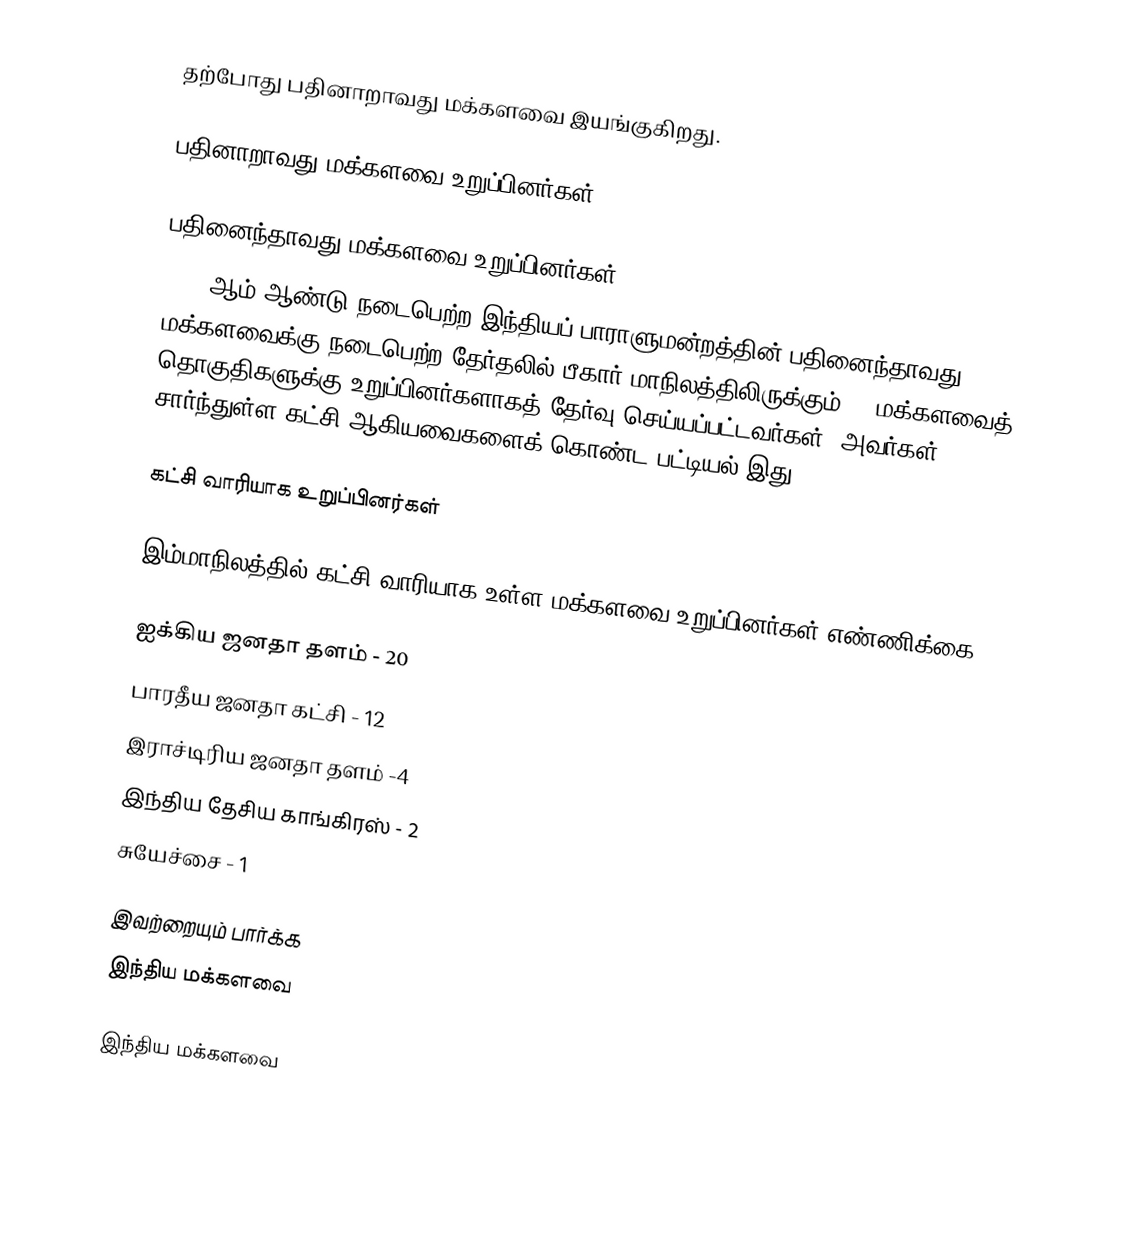
தற்போது பதினாறாவது மக்களவை இயங்குகிறது.

பதினாறாவது மக்களவை உறுப்பினர்கள்

பதினைந்தாவது மக்களவை உறுப்பினர்கள்
2009 ஆம் ஆண்டு நடைபெற்ற இந்தியப் பாராளுமன்றத்தின் பதினைந்தாவது மக்களவைக்கு நடைபெற்ற தேர்தலில் பீகார் மாநிலத்திலிருக்கும் 39 மக்களவைத் தொகுதிகளுக்கு உறுப்பினர்களாகத் தேர்வு செய்யப்பட்டவர்கள், அவர்கள் சார்ந்துள்ள கட்சி ஆகியவைகளைக் கொண்ட பட்டியல் இது.

கட்சி வாரியாக உறுப்பினர்கள்

இம்மாநிலத்தில் கட்சி வாரியாக உள்ள மக்களவை உறுப்பினர்கள் எண்ணிக்கை:

ஐக்கிய ஜனதா தளம் - 20
பாரதீய ஜனதா கட்சி - 12
இராச்டிரிய ஜனதா தளம் -4
இந்திய தேசிய காங்கிரஸ் - 2
சுயேச்சை - 1

இவற்றையும் பார்க்க
 இந்திய மக்களவை

இந்திய மக்களவை